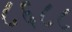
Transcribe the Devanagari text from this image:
८६८८